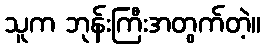
သူက ဘုန်းကြီးအတွက်တဲ့။